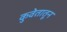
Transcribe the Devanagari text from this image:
कुवेतातून